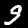
Digit: 9